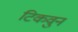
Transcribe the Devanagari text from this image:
टिकवुन